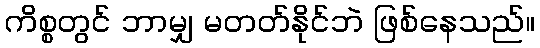
ကိစ္စတွင် ဘာမျှ မတတ်နိုင်ဘဲ ဖြစ်နေသည်။